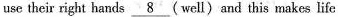
use their right hands \underline{8}(well) and this makes life